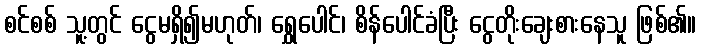
စင်စစ် သူ့တွင် ငွေမရှိ၍မဟုတ်၊ ရွှေပေါင်၊ စိန်ပေါင်ခံပြီး ငွေတိုးချေးစားနေသူ ဖြစ်၏။